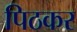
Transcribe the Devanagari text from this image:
पिठकर